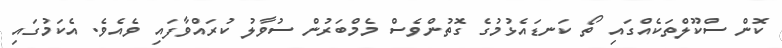
ކޮން ސްކޫލްތަކެއްގައި ތޯ ކަނޑައެޅުމުގެ ގޮތުންވެސް މެމްބަރުން ސުވާލު ކުރައްވާފައި ވެއެވެ. އެކަމުގައި